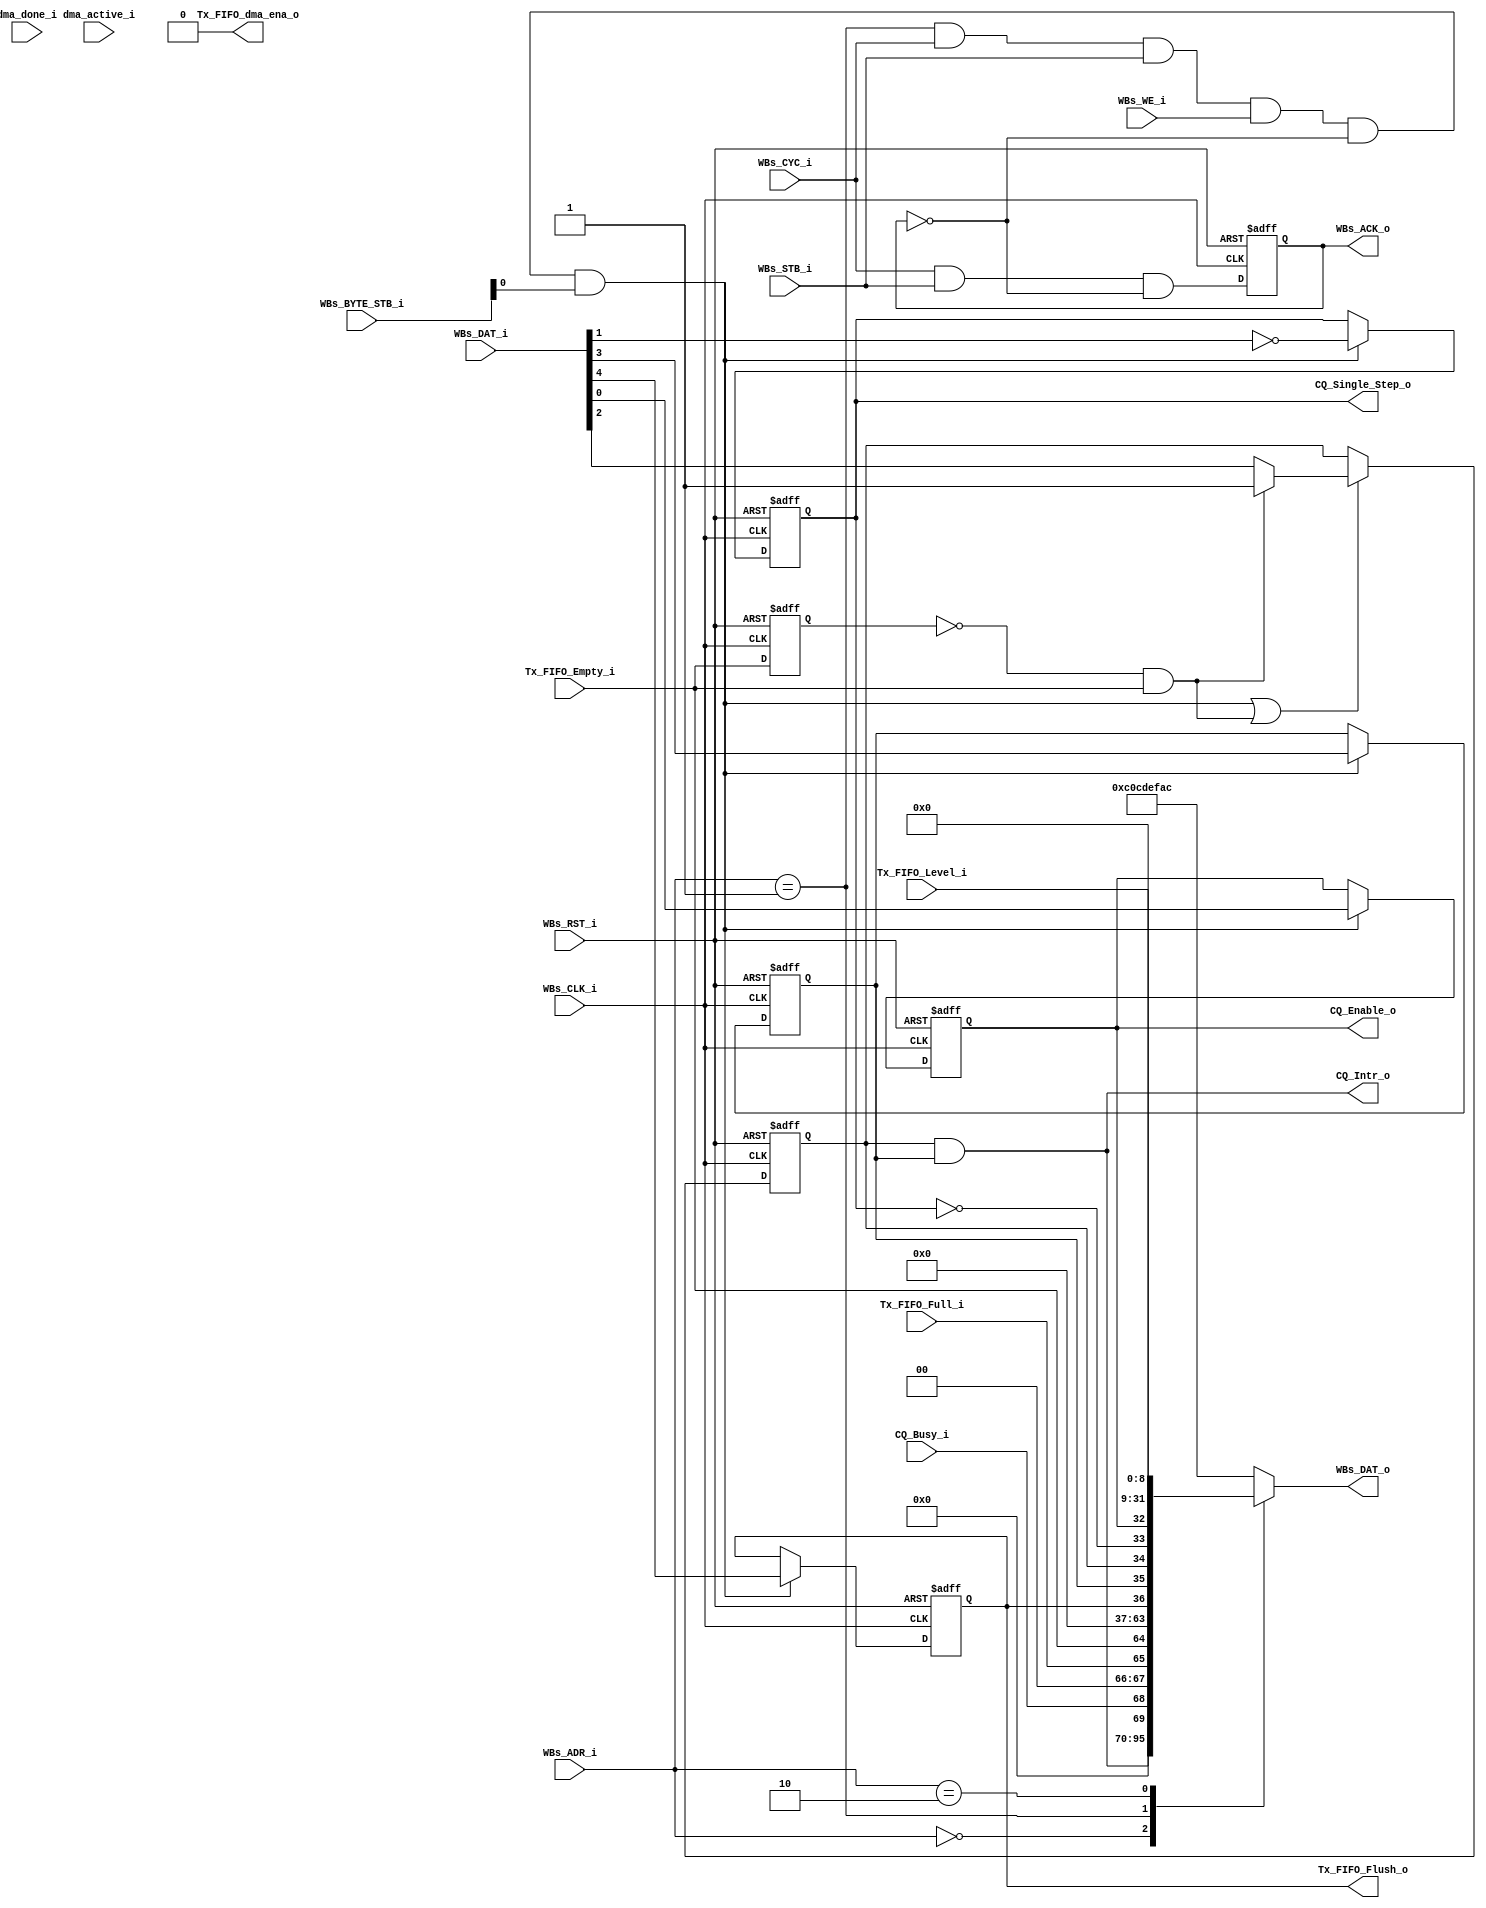
// -----------------------------------------------------------------------------
// title          : I2C Master with Command Queue Register Module
// project        : Tamar2 Device
// -----------------------------------------------------------------------------
// company        : QuickLogic Corp
// last update    : 2016/03/11
// platform       : ArcticLink 4 S3B
// standard       : Verilog 2001
// -----------------------------------------------------------------------------
// description: The I2C Master with Command Queue is designed for use in the 
//              fabric of the AL4S3B. The only AL4S3B specific portion are the Tx
//              FIFO. 
// -----------------------------------------------------------------------------
// copyright (c) 2016
// -----------------------------------------------------------------------------
// revisions  :
// date            version    author         description
// 2016/03/11      1.0        Glen Gomes     Initial Release
// 2016/05/21      1.1        Anand Wadke    Added DMA registers.
//
// -----------------------------------------------------------------------------
// Comments: This solution is specifically for use with the QuickLogic
//           AL4S3B device. 
// -----------------------------------------------------------------------------
//

`timescale 1ns / 10ps


module I2C_Master_w_CmdQueue_Registers_dma ( 

                         // AHB-To_Fabric Bridge I/F
                         //
                         WBs_CLK_i,
                         WBs_RST_i,

                         WBs_ADR_i,
                         WBs_CYC_i,
                         WBs_BYTE_STB_i,
                         WBs_WE_i,
                         WBs_STB_i,
                         WBs_DAT_i,
                         WBs_DAT_o,
                         WBs_ACK_o,

                         // Command Queue
                         //
                         CQ_Busy_i,

                         CQ_Enable_o,
                         CQ_Single_Step_o,
                         CQ_Intr_o,

                         // Tx
                         //
                         Tx_FIFO_Empty_i,
                         Tx_FIFO_Full_i,
                         Tx_FIFO_Level_i,

                         Tx_FIFO_Flush_o,
						 
						 //DMA
						 dma_done_i,	
						 dma_active_i,
						 
						 Tx_FIFO_dma_ena_o
						 

                         );


//------Port Parameters----------------
//

parameter                ADDRWIDTH             =  7            ; // 
parameter                DATAWIDTH             = 32            ; // 

parameter                CQ_STATUS_REG_ADR     =  7'h0         ; // Command Queue Status     Register
parameter                CQ_CONTROL_REG_ADR    =  7'h1         ; // Command Queue Control    Register
parameter                CQ_FIFO_LEVEL_REG_ADR =  7'h2         ; // Command Queue FIFO Level Register
parameter                CQ_DMA_CTRL_REG_ADR   =  7'h3         ; // Command Queue DMA Control Register
parameter                CQ_DMA_STS_REG_ADR 	   =  7'h4         ; // Command Queue DMA Status Register


parameter                CQ_CNTL_DEF_REG_VALUE = 32'hC0C_DEF_AC; // Distinguish access to undefined area


//------Port Signals-------------------
//

// AHB-To_Fabric Bridge I/F
//
input                    WBs_CLK_i       ; // Fabric Clock               from Fabric
input                    WBs_RST_i       ; // Fabric Reset               to   Fabric

input   [ADDRWIDTH-1:0]  WBs_ADR_i       ; // Address Bus                to   Fabric
input                    WBs_CYC_i       ; // Cycle Chip Select          to   Fabric
input             [1:0]  WBs_BYTE_STB_i  ;
input                    WBs_WE_i        ; // Write Enable               to   Fabric
input                    WBs_STB_i       ; // Strobe Signal              to   Fabric
input            [15:0]  WBs_DAT_i       ; // Write Data Bus             to   Fabric
output  [DATAWIDTH-1:0]  WBs_DAT_o       ; // Read Data Bus              from Fabric
output                   WBs_ACK_o       ; // Transfer Cycle Acknowledge from Fabric

// Command Queue
//
input                    CQ_Busy_i       ;

output                   CQ_Enable_o     ;
output                   CQ_Single_Step_o;
output                   CQ_Intr_o       ;


// Tx
//
input                    Tx_FIFO_Empty_i ;
input                    Tx_FIFO_Full_i  ;
input             [8:0]  Tx_FIFO_Level_i ;

output                   Tx_FIFO_Flush_o ;

input                    dma_done_i	 ;
input                    dma_active_i ;
output                   Tx_FIFO_dma_ena_o ;


// Fabric Global Signals
//
wire                     WBs_CLK_i       ; // Wishbone Fabric Clock
wire                     WBs_RST_i       ; // Wishbone Fabric Reset

// Wishbone Bus Signals
//
wire    [ADDRWIDTH-1:0]  WBs_ADR_i       ; // Wishbone Address Bus
wire                     WBs_CYC_i       ; // Wishbone Client Cycle  Strobe (i.e. Chip Select)
wire              [1:0]  WBs_BYTE_STB_i  ;
wire                     WBs_WE_i        ; // Wishbone Write  Enable Strobe
wire                     WBs_STB_i       ; // Wishbone Transfer      Strobe
wire             [15:0]  WBs_DAT_i       ; // Wishbone Write  Data Bus
 
reg     [DATAWIDTH-1:0]  WBs_DAT_o       ; // Wishbone Read   Data Bus

reg                      WBs_ACK_o       ; // Wishbone Client Acknowledge


// Command Queue
//
reg                      CQ_Enable_o     ;
reg                      CQ_Single_Step_o;
wire                     CQ_Intr_o       ;


// Tx
//
wire                     Tx_FIFO_Empty_i ;
wire                     Tx_FIFO_Full_i  ;
wire              [8:0]  Tx_FIFO_Level_i ;

reg                      Tx_FIFO_Flush_o ;
//reg                      Tx_FIFO_dma_ena_o ;


//------Define Parameters--------------
//

//
// None at this time
//

//------Internal Signals---------------
//

wire                     CMD_QUEUE_CTR_Wr_Dcd;    // Command Queue Control    Register
//wire                     CMD_QUEUE_DMA_ctrlPreg_Wr_Dcd;    // Command Queue DMA Control    Register

reg                      CQ_Intr_Enable      ;
reg                      CQ_Intr_Status      ;

wire                     CQ_Intr_Status_Dcd  ;

reg                      Tx_FIFO_Empty_i_1ff ;

//reg               [7:0]  scratch_reg         ;


//------Logic Operations---------------
//
assign Tx_FIFO_dma_ena_o = 1'b0;
// Determine each register decode
//
assign CMD_QUEUE_CTR_Wr_Dcd  			= ( WBs_ADR_i == CQ_CONTROL_REG_ADR ) & WBs_CYC_i & WBs_STB_i & WBs_WE_i & (~WBs_ACK_o) ;
//assign CMD_QUEUE_DMA_ctrlPreg_Wr_Dcd  	= ( WBs_ADR_i == CQ_DMA_CTRL_REG_ADR ) & WBs_CYC_i & WBs_STB_i & WBs_WE_i & (~WBs_ACK_o) ;


// Define the Acknowledge back to the host for registers
//
assign WBs_ACK_o_nxt         =   WBs_CYC_i & WBs_STB_i & (~WBs_ACK_o);


// Define the Fabric's Local Registers
//
always @( posedge WBs_CLK_i or posedge WBs_RST_i)
begin
    if (WBs_RST_i)
    begin

        CQ_Intr_Enable       <=  1'b0;
        CQ_Intr_Status       <=  1'b0;

        CQ_Single_Step_o     <=  1'b1;
        CQ_Enable_o          <=  1'b0;

        //Tx_FIFO_dma_ena_o    <=  1'b0;
		
        Tx_FIFO_Flush_o      <=  1'b0;
        Tx_FIFO_Empty_i_1ff  <=  1'b1;

        //scratch_reg          <=  8'h0;

        WBs_ACK_o            <=  1'b0;
    end  
    else
    begin
	    //DMA control register
	    //if ( CMD_QUEUE_DMA_ctrlPreg_Wr_Dcd && WBs_BYTE_STB_i[0])
		//begin
		//    Tx_FIFO_dma_ena_o <= WBs_DAT_i[0];
		//end
	

        // FIFO Control Register
        //
        if ( CMD_QUEUE_CTR_Wr_Dcd && WBs_BYTE_STB_i[0])
        begin
            Tx_FIFO_Flush_o  <=  WBs_DAT_i[4];
            CQ_Intr_Enable   <=  WBs_DAT_i[3];
            CQ_Single_Step_o <= ~WBs_DAT_i[1];
            CQ_Enable_o      <=  WBs_DAT_i[0];
        end
		

        // Determine the Interrupt Status
        //
        // Note: Interrupt is triggered when the Tx FIFO transitions from not Empty to Empty
        //
        if ( (CMD_QUEUE_CTR_Wr_Dcd && WBs_BYTE_STB_i[0]) || CQ_Intr_Status_Dcd)
        begin
            CQ_Intr_Status   <=  CQ_Intr_Status_Dcd ? 1'b1 : WBs_DAT_i[2];
        end

        Tx_FIFO_Empty_i_1ff  <=  Tx_FIFO_Empty_i;

        //if ( CMD_QUEUE_CTR_Wr_Dcd && WBs_BYTE_STB_i[1])
        //    scratch_reg      <=  WBs_DAT_i[15:8];

        WBs_ACK_o            <=  WBs_ACK_o_nxt;
    end  
end


// Detect when the Tx FIFO has just done empty
//
assign CQ_Intr_Status_Dcd    =  (~Tx_FIFO_Empty_i_1ff) & Tx_FIFO_Empty_i;


// Determine the interrupt output
//
assign CQ_Intr_o             = CQ_Intr_Status & CQ_Intr_Enable;


// Define the how to read the local registers and memory
//
always @(
         WBs_ADR_i              or
         CQ_Intr_Enable         or
         CQ_Intr_Status         or
         CQ_Busy_i              or 
         CQ_Enable_o            or
         CQ_Single_Step_o       or
         CQ_Intr_o              or
         Tx_FIFO_Flush_o        or
         //scratch_reg            or
		 Tx_FIFO_Level_i        or
         Tx_FIFO_Full_i         or
         Tx_FIFO_Empty_i        
		 //Tx_FIFO_dma_ena_o

 )
 begin
    case(WBs_ADR_i[ADDRWIDTH-1:0])
    CQ_STATUS_REG_ADR           : WBs_DAT_o <= { 26'h0, CQ_Intr_o             ,
			                                            CQ_Busy_i             ,
                                                  2'h0, Tx_FIFO_Full_i        ,
                                                        Tx_FIFO_Empty_i      };
    CQ_CONTROL_REG_ADR          : WBs_DAT_o <= { 27'h0 , Tx_FIFO_Flush_o       ,
                                                        CQ_Intr_Enable        ,
                                                        CQ_Intr_Status        ,
                                                       ~CQ_Single_Step_o      ,
                                                        CQ_Enable_o          };
    CQ_FIFO_LEVEL_REG_ADR       : WBs_DAT_o <= { 23'h0, Tx_FIFO_Level_i      };
	
    //CQ_DMA_CTRL_REG_ADR         : WBs_DAT_o <= { 28'h0, 3'b000, Tx_FIFO_dma_ena_o      };
	
	//CQ_DMA_STS_REG_ADR			: WBs_DAT_o <= { 28'h0, 3'b000, dma_active_i      };
	
	default                     : WBs_DAT_o <=          CQ_CNTL_DEF_REG_VALUE ;
	endcase
end


endmodule